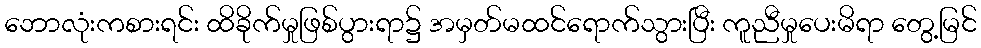
ဘောလုံးကစားရင်း ထိခိုက်မှုဖြစ်ပွားရာ၌ အမှတ်မထင်ရောက်သွားပြီး ကူညီမှုပေးမိရာ တွေ့မြင်